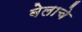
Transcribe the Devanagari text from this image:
बेलाचे